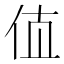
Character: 𰁲